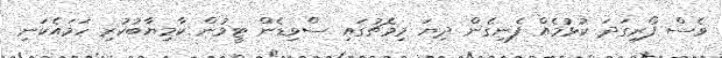
ވެސް ފޯރިގަދަ ކުޅުމެއް ފެނިގެން ދިޔަ މިމެޗުގައި ސްވިޑެން ޓީމުން ކާމިޔާބުކުރި ހަމައެކަނި